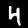
Digit: 4